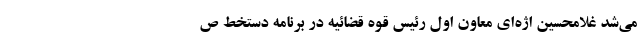
می‌شد غلامحسین اژه‌ای معاون اول رئیس قوه قضائیه در برنامه دستخط ص